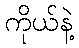
ကိုယ်နဲ့